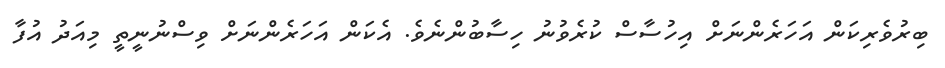
ބިރުވެރިކަން އަހަރެންނަށް އިހުސާސް ކުރެވުނު ހިސާބުންނެވެ. އެކަން އަހަރެންނަށް ވިސްނުނީތީ މިއަދު އުފާ